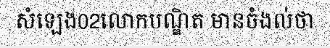
សំឡេង02លោកបណ្ឌិត មានចំងល់ថា